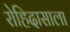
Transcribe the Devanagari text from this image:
रोहिदासाला